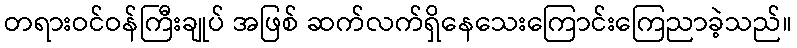
တရားဝင်ဝန်ကြီးချုပ် အဖြစ် ဆက်လက်ရှိနေသေးကြောင်းကြေညာခဲ့သည်။